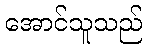
အောင်သူသည်